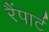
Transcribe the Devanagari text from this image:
रैंपार्ट